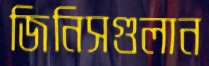
জিনিসগুলান